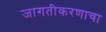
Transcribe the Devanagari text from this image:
जागतीकरणाचा